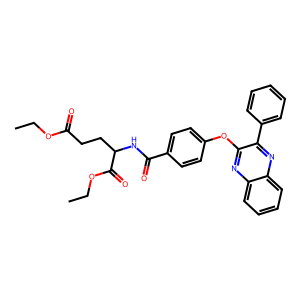
SMILES: CCOC(=O)CCC(NC(=O)c1ccc(Oc2nc3ccccc3nc2-c2ccccc2)cc1)C(=O)OCC
Inhibits HIV replication: No